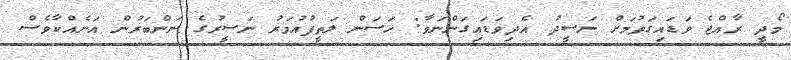
މޯދީ ރާއްޖެ ވަޑައިގަތުމަށް ނަޝީދު އެދިވަޑައިގަންނަވާ: ހަސަން ލަތީފުއުމަރު ނަސީރުގެ ނަންބަރުން އަނެއްކާވެސް